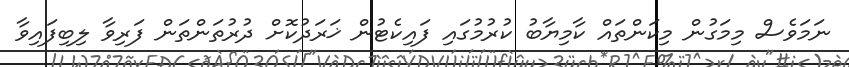
ނަމަވެސް މިމަގުން މިކަންތައް ކާމިޔާބު ކުރުމުގައި ފައިކެޓުން ޚަރަދުކޮށް ދުރުތަންތަން ފަރިވާ ލިބިފައިވާ